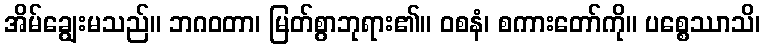
အိမ်ချွေးမသည်။ ဘဂဝတာ၊ မြတ်စွာဘုရား၏။ ဝစနံ၊ စကားတော်ကို။ ပစ္စေဿာသိ၊